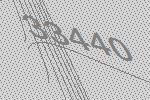
33440